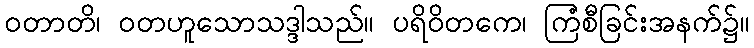
ဝတာတိ၊ ဝတဟူသောသဒ္ဒါသည်။ ပရိဝိတကေ၊ ကြံစီခြင်းအနက်၌။